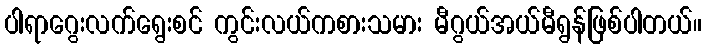
ပါရာဂွေးလက်ရွေးစင် ကွင်းလယ်ကစားသမား မီဂွယ်အယ်မီရွန်ဖြစ်ပါတယ်။